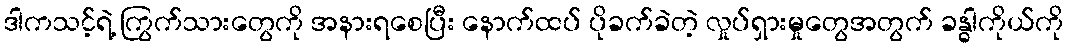
ဒါကသင့်ရဲ့ ကြွက်သားတွေကို အနားရစေပြီး နောက်ထပ် ပိုခက်ခဲတဲ့ လှုပ်ရှားမှုတွေအတွက် ခန္ဓါကိုယ်ကို